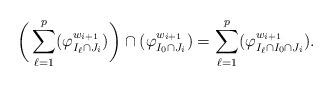
LaTeX: \begin{align*}\bigg(\sum_{\ell=1}^p(\varphi_{I_\ell\cap J_i}^{w_{i+1}})\bigg)\cap(\varphi_{I_0\cap J_i}^{w_{i+1}}) = \sum_{\ell=1}^p(\varphi_{I_\ell\cap I_0\cap J_i}^{w_{i+1}}).\end{align*}